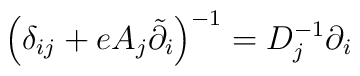
\left(\delta_{ij} + e A_{j}\tilde{\partial}_{i}\right)^{-1} =D_{j}^{-1}\partial_{i}